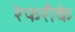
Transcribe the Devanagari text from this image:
रेफरीके